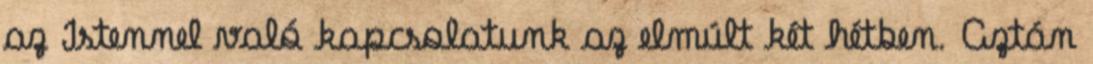
az Istennel való kapcsolatunk az elmúlt két hétben. Aztán